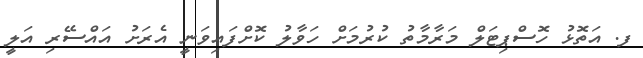
ފ. އަތޮޅު ހޮސްޕިޓަލް މަރާމާތު ކުރުމަށް ހަވާލު ކޮށްފައިވަނީ އެރަށު އައްސޭރި އަލީ